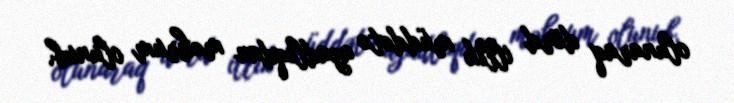
olunaraq dörd illik müddətə azadlıqdan məhrum olunub.